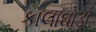
કાલાઘોડા